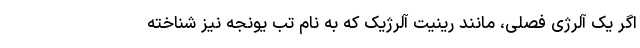
اگر یک آلرژی فصلی، مانند رینیت آلرژیک که به نام تب یونجه نیز شناخته